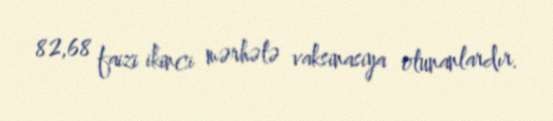
82,68 faizi ikinci mərhələ vaksinasiya olunanlardır.